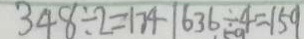
3 4 8 \div 2 = 1 7 4 \vert 6 3 6 \div 4 = 1 5 9